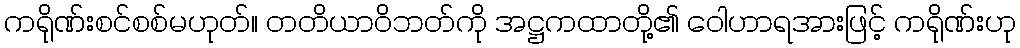
ကရိုဏ်းစင်စစ်မဟုတ်။ တတိယာဝိဘတ်ကို အဋ္ဌကထာတို့၏ ဝေါဟာရအားဖြင့် ကရိုဏ်းဟု